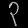
Digit: ၃